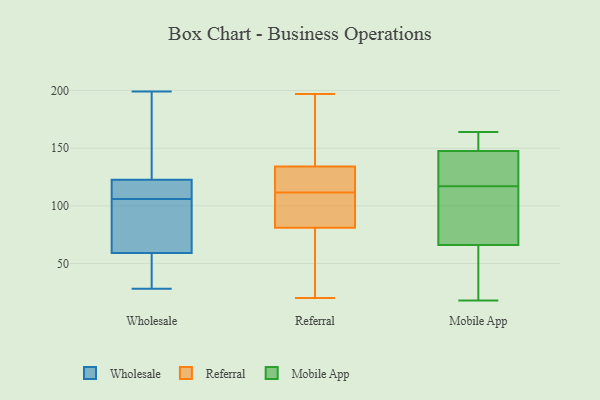
{"axis": {"x": "Churn Rate (%)", "y": "Value"}, "legend": ["Mobile App", "Referral", "Wholesale"], "data": [{"x": "", "y": 107, "type": "Wholesale"}, {"x": "", "y": 88, "type": "Wholesale"}, {"x": "", "y": 114, "type": "Wholesale"}, {"x": "", "y": 89, "type": "Wholesale"}, {"x": "", "y": 131, "type": "Wholesale"}, {"x": "", "y": 72, "type": "Wholesale"}, {"x": "", "y": 107, "type": "Wholesale"}, {"x": "", "y": 158, "type": "Wholesale"}, {"x": "", "y": 112, "type": "Wholesale"}, {"x": "", "y": 199, "type": "Wholesale"}, {"x": "", "y": 37, "type": "Wholesale"}, {"x": "", "y": 33, "type": "Wholesale"}, {"x": "", "y": 28, "type": "Wholesale"}, {"x": "", "y": 105, "type": "Wholesale"}, {"x": "", "y": 183, "type": "Wholesale"}, {"x": "", "y": 46, "type": "Wholesale"}, {"x": "", "y": 120, "type": "Referral"}, {"x": "", "y": 114, "type": "Referral"}, {"x": "", "y": 20, "type": "Referral"}, {"x": "", "y": 183, "type": "Referral"}, {"x": "", "y": 26, "type": "Referral"}, {"x": "", "y": 183, "type": "Referral"}, {"x": "", "y": 93, "type": "Referral"}, {"x": "", "y": 134, "type": "Referral"}, {"x": "", "y": 99, "type": "Referral"}, {"x": "", "y": 81, "type": "Referral"}, {"x": "", "y": 197, "type": "Referral"}, {"x": "", "y": 127, "type": "Referral"}, {"x": "", "y": 34, "type": "Referral"}, {"x": "", "y": 109, "type": "Referral"}, {"x": "", "y": 57, "type": "Mobile App"}, {"x": "", "y": 128, "type": "Mobile App"}, {"x": "", "y": 164, "type": "Mobile App"}, {"x": "", "y": 160, "type": "Mobile App"}, {"x": "", "y": 61, "type": "Mobile App"}, {"x": "", "y": 91, "type": "Mobile App"}, {"x": "", "y": 154, "type": "Mobile App"}, {"x": "", "y": 117, "type": "Mobile App"}, {"x": "", "y": 120, "type": "Mobile App"}, {"x": "", "y": 18, "type": "Mobile App"}, {"x": "", "y": 81, "type": "Mobile App"}]}